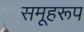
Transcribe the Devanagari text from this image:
समूहरूप